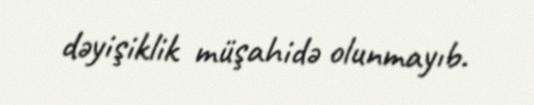
dəyişiklik müşahidə olunmayıb.